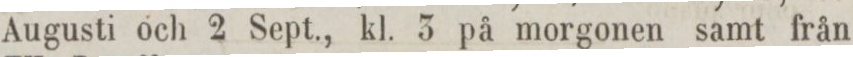
Augusti och 2 Sept., kl. 3 på morgonen samt från